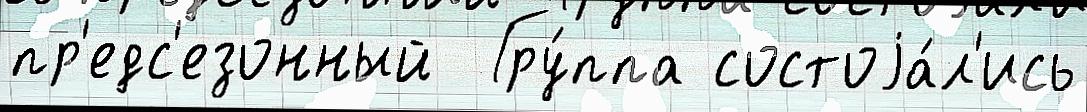
пр'едс'езонный  Гру́ппа состоjа́л'ись